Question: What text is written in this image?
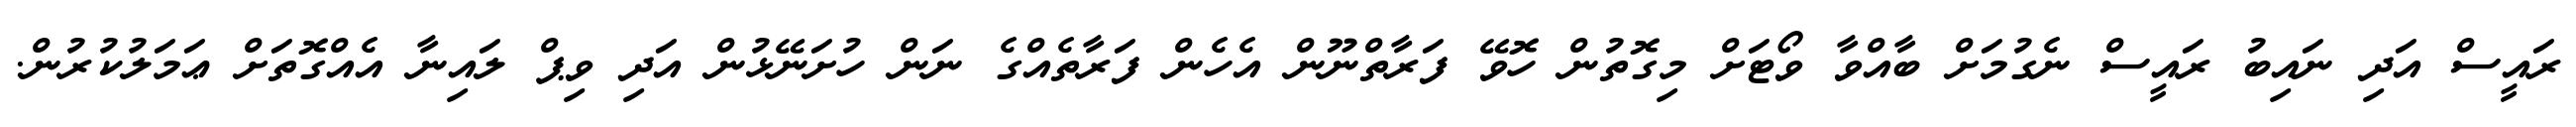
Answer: ރައީސް އަދި ނައިބު ރައީސް ނެގުމަށް ބާއްވާ ވޯޓަށް މިގޮތުން ހޮވޭ ފަރާތްނޫން އެހެން ފަރާތެއްގެ ނަން ހުށަނޭޅުން އަދި ވިޕް ލައިނާ އެއްގޮތަށް ޢަމަލުކުރުން.